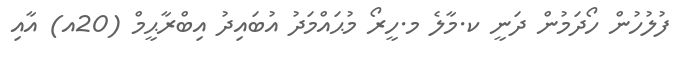
ފުލުހުން ހޯދަމުން ދަނީ ކ.މާލެ މ.ހީރޯ މުޙައްމަދު އުބައިދު އިބްރާޙީމް (20އ) އާއި